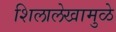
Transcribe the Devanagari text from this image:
शिलालेखामुळे